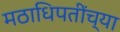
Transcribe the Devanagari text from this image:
मठाधिपतींच्या